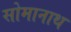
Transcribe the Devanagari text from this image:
सोमानाथ